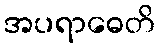
အပရာဓေတိ